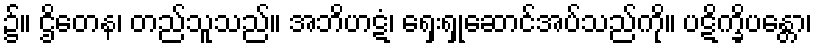
၌။ ဌိတေန၊ တည်သူသည်။ အဘိဟဋံ၊ ရှေးရှုဆောင်အပ်သည်ကို။ ပဋိက္ခိပန္တော၊